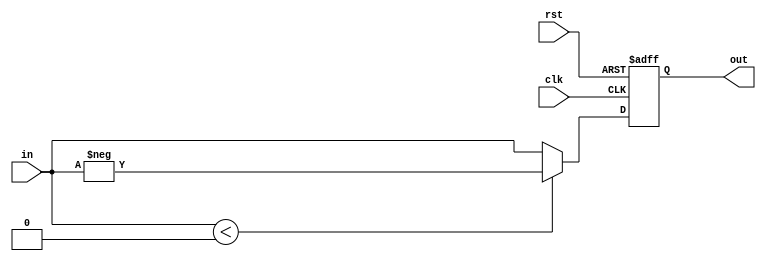
module ABS(
    input clk,
    input rst,
    input signed [DWIDTH-1:0] in,
    output signed [DWIDTH-1:0] out
);

parameter DWIDTH = 16;

reg signed [DWIDTH-1:0] data;
assign out = data;

always @(posedge clk or posedge rst) begin
    if(rst)
        data <= 0;
    else begin
        if(in < 0)
            data <= -in;
        else
            data <= in;
    end
end


endmodule